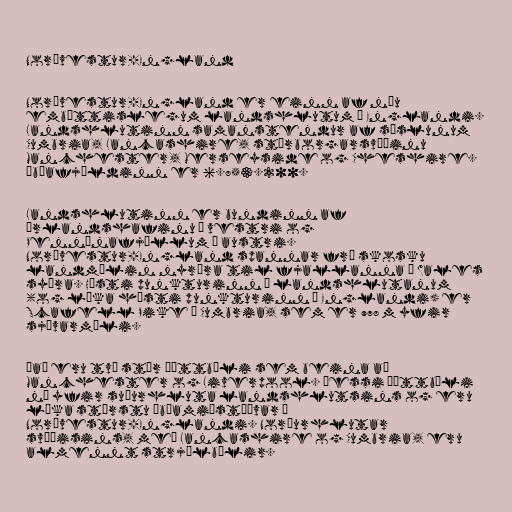
Norðvestur-England

Norðvestur-England er einn af níu
embættislegum landshlutum á Englandi.
Landshlutinn samanstendur af sýslunum
Cumbria, Lancashire, stórborgarsvæðinu
Manchester, Merseyside og Cheshire.
Íbúafjöldinn er 6.853.200.

Landshlutinn er bundinn af
Írlandshafinu í vestri og
Pennínafjöllum í austri.
Norðvestur-England spannar frá skosku
landmælin nyrðra til fjallanna í Wales
syðra. Hæsti punkturinn í landshlutanum
(og líka hæsti punkturinn á Englandi) er
Scafell Pike í Cumbria, sem er 978 m yfir
sjávarmáli.

Það eru tvö stór þéttbýli sem beina að
Manchester og Liverpool. Þessi þéttbýli
ná yfir suðurhluta landshlutsins og eru
líka stærstu íbúamiðstöðvar á
Norðvestur-Englandi. Norðurhlutar
svæðisins, með Lancashire og Cumbria, eru
almennt strjálbýlir.